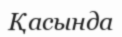
Қасында